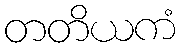
တတိယကံ